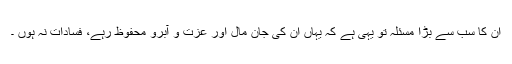
ان کا سب سے بڑا مسئلہ تو یہی ہے کہ یہاں ان کی جان مال اور عزت و آبرو محفوظ رہے، فسادات نہ ہوں ۔